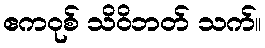
ဧကဝုစ် သိဝိဘတ် သက်။